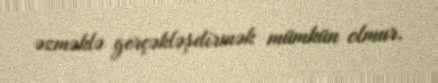
əzməklə gerçəkləşdirmək mümkün olmur.